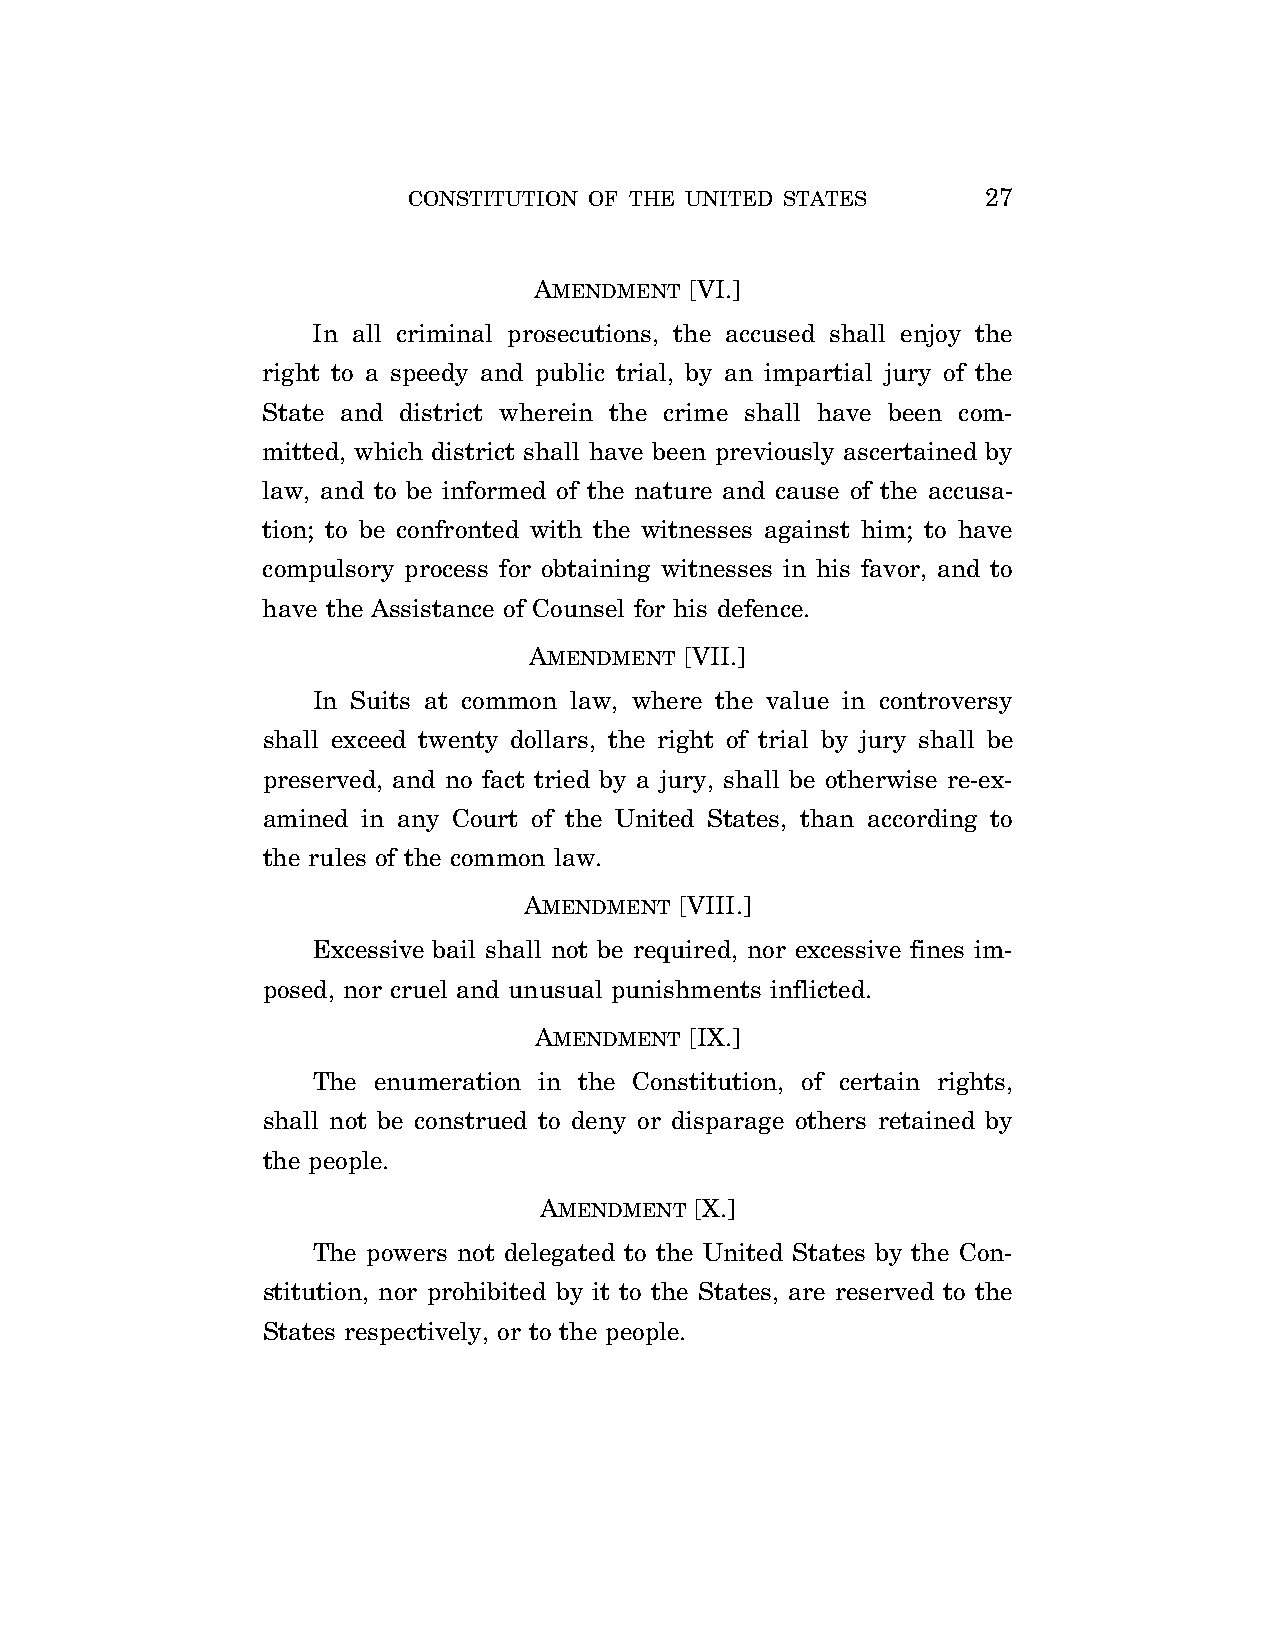
CONSTITUTION OF THE UNITED STATES     27
 AMENDMENT  [VI.]
 In all criminal prosecutions, the accused shall enjoy the
 right to a speedy and public trial, by an impartial jury of the
 State and district wherein the crime shall have been com-
 mitted, which district shall have been previously ascertained by
 law, and to be informed of the nature and cause of the accusa-
 tion; to be confronted with the witnesses against him; to have
 compulsory process for obtaining witnesses in his favor, and to
 have the Assistance of Counsel for his defence.
 AMENDMENT [VII.]
 In Suits at common law, where the value in controversy
 shall exceed twenty dollars, the right of trial by jury shall be
 preserved, and no fact tried by a jury, shall be otherwise re-ex-
 amined in any Court of the United States, than according to
 the rules of the common law.
 AMENDMENT [VIII.]
 Excessive bail shall not be required, nor excessive fines im-
 posed, nor cruel and unusual punishments inflicted.
 AMENDMENT  [IX.]
 The enumeration in the Constitution, of certain rights,
 shall not be construed to deny or disparage others retained by
 the people.
 AMENDMENT [X.]
 The powers not delegated to the United States by the Con-
 stitution, nor prohibited by it to the States, are reserved to the
 States respectively, or to the people.
 VerDate Apr 14 2004 11:04 Apr 14, 2004 Jkt 077500 PO 00000 Frm 00027 Fmt 8221 Sfmt 8221 C:\CONAN\CON006.XXX PRFM99 PsN: CON006